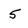
Character: 5